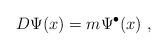
LaTeX: \begin{align*}D \Psi(x) = m \Psi^{\bullet}(x)~,\end{align*}